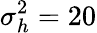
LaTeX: \sigma_{h}^{2}=20